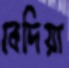
বেদিয়া